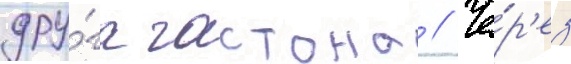
дру́га гастона // Че́р'ез